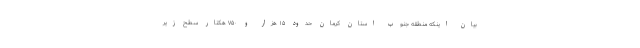
بیان اینکه منطقه جنوب استان کرمان حدود ۱۵ هزار و ۷۵۰ هکتار سطح زیر